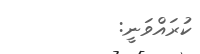
ކުރައްވަނީ: